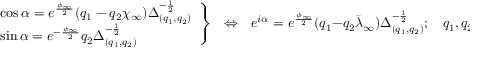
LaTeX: \left. \begin{array} { l } { { \cos \alpha = e ^ { \frac { \phi _ { \infty } } { 2 } } ( q _ { 1 } - q _ { 2 } \chi _ { \infty } ) \Delta _ { ( q _ { 1 } , q _ { 2 } ) } ^ { - { \frac { 1 } { 2 } } } } } \\ { { \sin \alpha = e ^ { - { \frac { \phi _ { \infty } } { 2 } } } q _ { 2 } \Delta _ { ( q _ { 1 } , q _ { 2 } ) } ^ { - { \frac { 1 } { 2 } } } } } \end{array} \right\} \ \ \ \Leftrightarrow \ \ \ e ^ { i \alpha } = e ^ { \frac { \phi _ { \infty } } { 2 } } ( q _ { 1 } - q _ { 2 } \bar { \lambda } _ { \infty } ) \Delta _ { ( q _ { 1 } , q _ { 2 } ) } ^ { - { \frac { 1 } { 2 } } } ; \ \ \ \ q _ { 1 } , q _ { 2 } \in { \bf Z } .